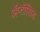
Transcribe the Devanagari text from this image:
अॅप्टॉसिड